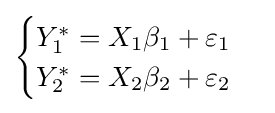
{\begin{cases}Y_{1}^{*}=X_{1}\beta _{1}+\varepsilon _{1}\\Y_{2}^{*}=X_{2}\beta _{2}+\varepsilon _{2}\end{cases}}